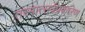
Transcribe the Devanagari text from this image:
तस्मात्सर्वप्रकारेण